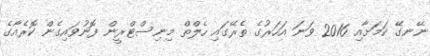
ނޭނގޭ ކަމަށާއި 2016 ވަނަ އަހަރުގެ ތެރޭގައި ހެލްތް މިނިސްޓްރީން ފޮނުވައިގެން ކޮރެއާގެ